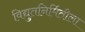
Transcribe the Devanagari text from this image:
विद्युतनिर्मितीला